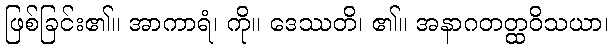
ဖြစ်ခြင်း၏။ အာကာရံ၊ ကို။ ဒေဿတိ၊ ၏။ အနာဂတတ္ထဝိသယာ၊